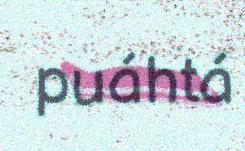
puáhtá